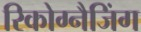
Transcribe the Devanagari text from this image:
रिकोग्नैजिंग